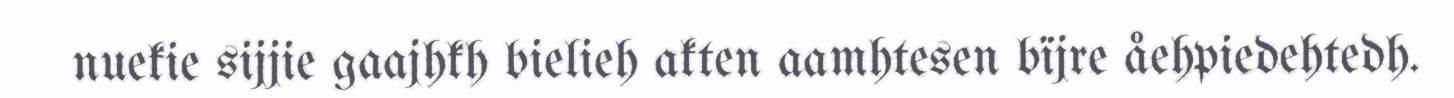
nuekie sijjie gaajhkh bielieh akten aamhtesen bïjre åehpiedehtedh.